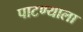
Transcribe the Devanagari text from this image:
पाटण्याला